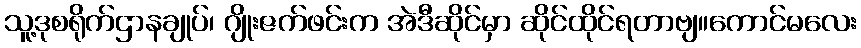
သူ့ဒုစရိုက်ဌာနချုပ်၊ ဂျိုးဇက်ဖင်းက အဲဒီဆိုင်မှာ ဆိုင်ထိုင်ရတာဗျ။ကောင်မလေး